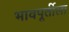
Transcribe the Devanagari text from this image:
भावपूर्तीला